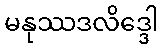
မနုဿဒလိဒ္ဒေါ